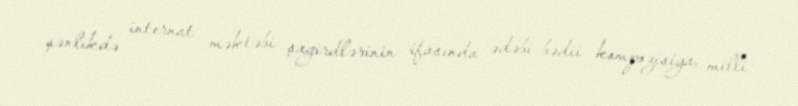
şənlikdə internat məktəbi şagirdlərinin ifasında ədəbi-bədii kompozisiya, milli